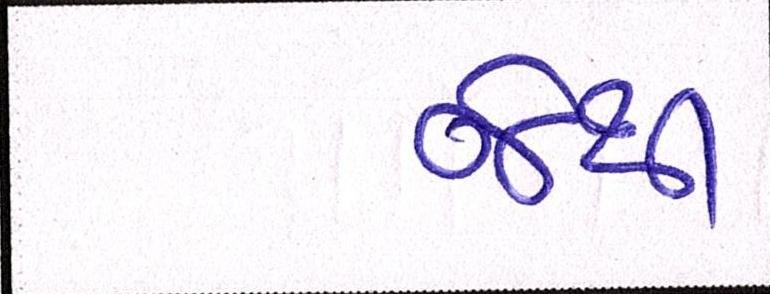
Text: જેથી